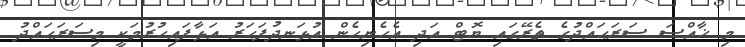
މި ޚާއްސަ ސަރަޙައްދުގެ ތެރޭގައި ޔޮޓް އަދި އެހެނިހެން އުޅަނދުފަހަރު އަޅާފައިހުރުމަކީ މިސަރަޙައްދު